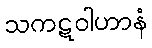
သကဋဝါဟာနံ